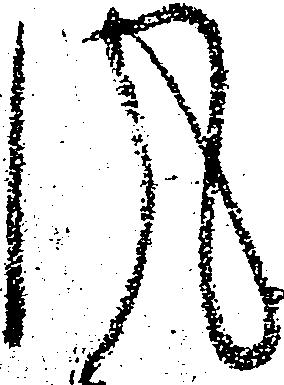
風